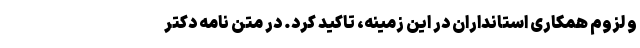
و لزوم همکاری استانداران در این زمینه، تاکید کرد. در متن نامه دکتر